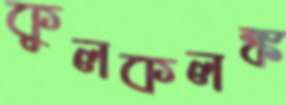
কুলকলঙ্ক